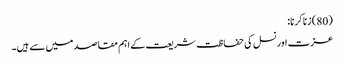
(80) زنا کرنا:
عزت اور نسل کی حفاظت شریعت کے اہم مقاصد میں سے ہیں۔